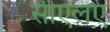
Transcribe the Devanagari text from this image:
सीएलए